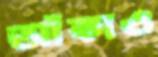
আঁকাও